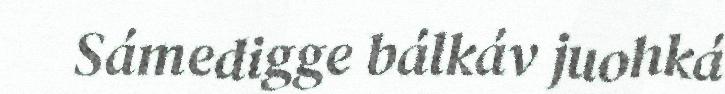
Sámedigge bálkáv juohká